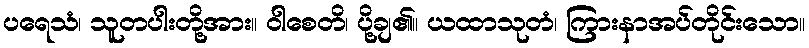
ပရေသံ၊ သူတပါးတို့အား။ ဝါစေတိ၊ ပို့ချ၏။ ယထာသုတံ၊ ကြားနာအပ်တိုင်းသော။